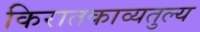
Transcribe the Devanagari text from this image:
किरातकाव्यतुल्य